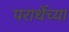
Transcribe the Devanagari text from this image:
परार्थेच्या